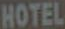
HOTEL